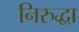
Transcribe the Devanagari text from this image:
निरुद्धा